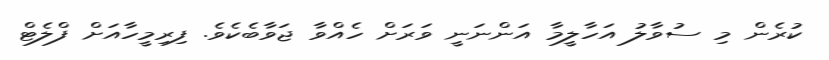
ކުރެން މި ސުވާލު އަހާލީމާ އަންނަނީ ވަރަށް ހެއްވާ ޖަވާބެކެވެ. ފިރިމީހާއަށް ފްލެޓް